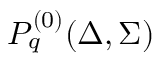
P _ { q } ^ { ( 0 ) } ( \Delta , \Sigma )